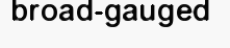
broad-gauged